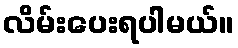
လိမ်းပေးရပါမယ်။